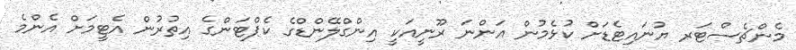
މެންޗެސްޓަރ ޔުނައިޓެޑަށް ކުޅެމުން އަންނަ ރޫނީއަކީ އިންގްލޭންޑްގެ ކެޕްޓަންގެ އިތުރުން އެޓީމަށް އެންމެ